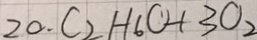
2 0 . C _ { 2 } H _ { 6 } O + 3 O _ { 2 }